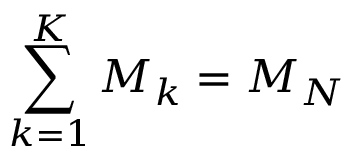
\sum _ { k = 1 } ^ { K } M _ { k } = M _ { N }